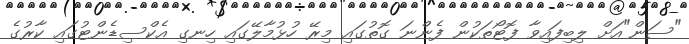
"ސަން"އަށް ލިބިފައިވާ ފޮޓޯތަކުން ފެންނަ ގޮތުގައި މިރޭ ހުޅުމާލޭގައި ހިނގި އެކްސިޑެންޓުގައި ކާރުގެ